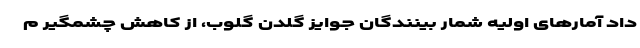
داد آمارهای اولیه شمار بینندگان جوایز گلدن گلوب، از کاهش چشمگیر م